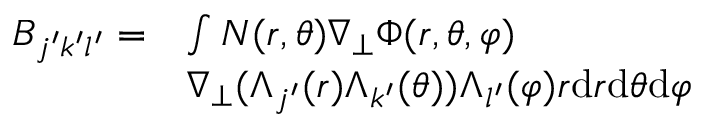
\begin{array} { r l } { B _ { j ^ { \prime } k ^ { \prime } l ^ { \prime } } = } & { \int N ( r , \theta ) \nabla _ { \perp } \Phi ( r , \theta , \varphi ) } \\ & { \nabla _ { \perp } ( \Lambda _ { j ^ { \prime } } ( r ) \Lambda _ { k ^ { \prime } } ( \theta ) ) \Lambda _ { l ^ { \prime } } ( \varphi ) r \mathrm { d } r \mathrm { d } \theta \mathrm { d } \varphi } \end{array}